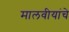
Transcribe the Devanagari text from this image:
मालवीयांचे